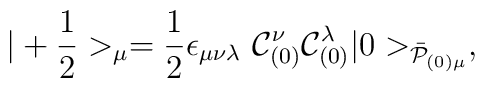
|+{1\over 2}>_\mu = {1\over2} \epsilon_{\mu\nu\lambda}~{\cal C}_{(0)}^\nu{\cal C}_{(0)}^\lambda|0>_{\bar{\cal P}_{(0)\mu}},